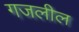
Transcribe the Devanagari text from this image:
गजलील